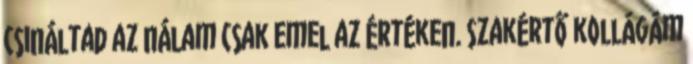
csináltad az nálam csak emel az értéken. Szakértő kollágám